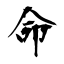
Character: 命